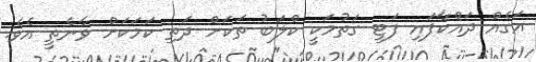
އަގެއް ދައްކާފައި ފަޓީ ގަތުމަކީ ކްލަބު ތަކަށް ދަތި ކަމަކަށް ވާނެތީ އެވެ.